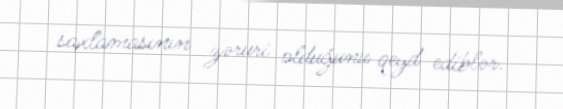
saxlamasının zəruri olduğunu qeyd ediblər.